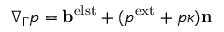
\nabla _ { \Gamma } p = \mathbf b ^ { \mathrm { e l s t } } + ( p ^ { \mathrm { e x t } } + p \kappa ) \mathbf n